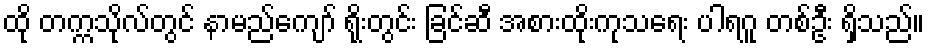
ထို တက္ကသိုလ်တွင် နာမည်ကျော် ရိုးတွင်း ခြင်ဆီ အစားထိုးကုသရေး ပါရဂူ တစ်ဦး ရှိသည်။